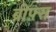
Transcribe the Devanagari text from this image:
ब्रीफ़्स